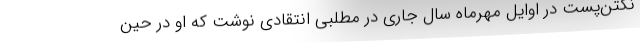
نگتن‌پست در اوایل مهرماه سال جاری در مطلبی انتقادی نوشت که او در حین